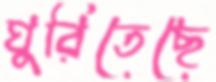
ঘুরিতেছে